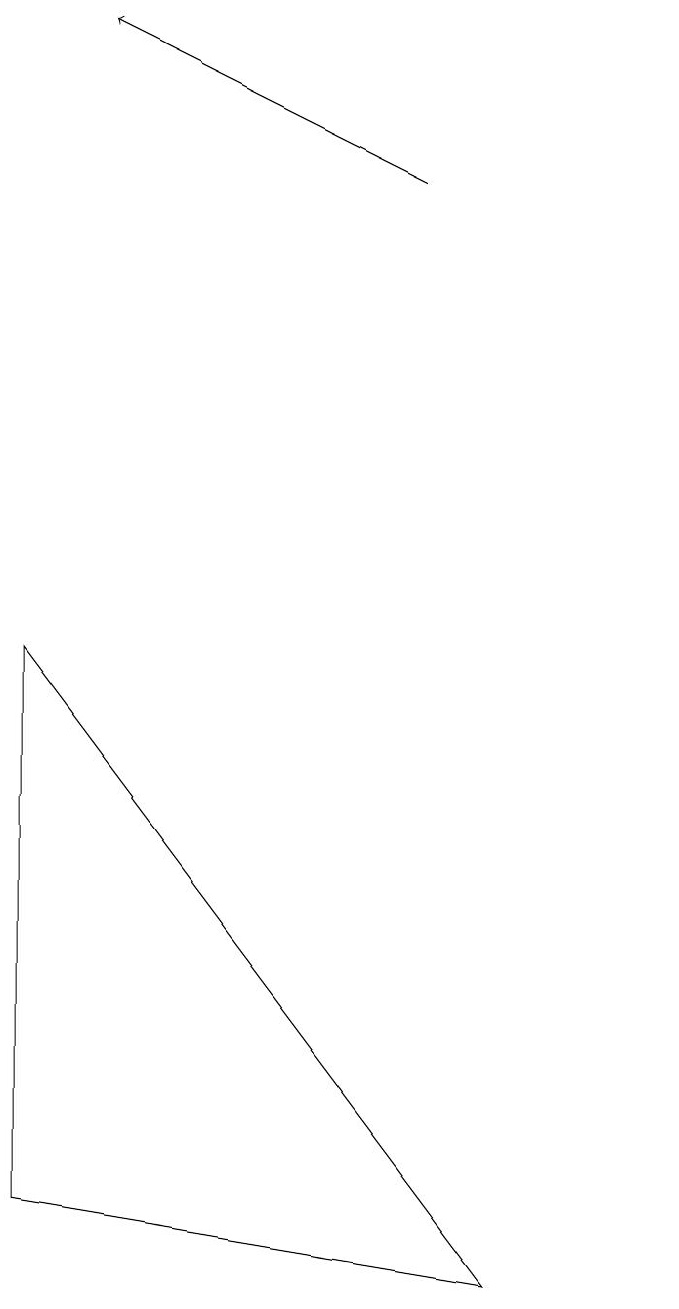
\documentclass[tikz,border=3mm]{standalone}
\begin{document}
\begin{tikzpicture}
\draw (11,10) circle (0);
\draw[->] (8,14) -- (4,16);
\draw (3,8) -- (9,0) -- (3,1) -- cycle;
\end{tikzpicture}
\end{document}